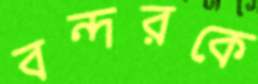
বন্দরকে